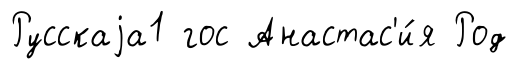
Русскаjа1 гос Анастас'и́я Род